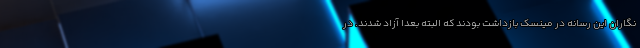
نگاران این رسانه در مینسک بازداشت بودند که البته بعدا آزاد شدند. در